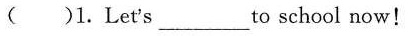
( )1.Let's___to school now!